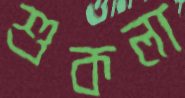
শুকলা